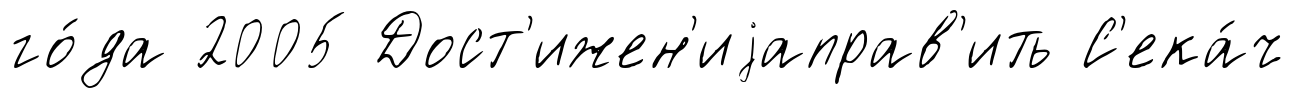
го́да 2005 Дост'ижен'иjаправ'ить С'ека́ч